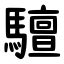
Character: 驙